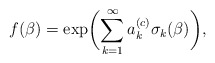
\begin{align*}f(\beta)= \exp\biggl( \sum_{k=1}^\infty a_k^{(c)} \sigma_k (\beta)\biggr),\end{align*}